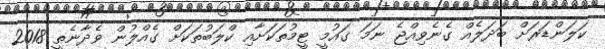
ކަލަންޑަރަށް ބަދަލެއް ގެނެވިއްޖެ ނަމަ ގައުމީ ޓީމުތަކަށާއި ކްލަބުތަކަށް ގެއްލުން ވެދާނެތީ 2018